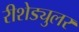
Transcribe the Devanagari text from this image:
रीशेड्युलर